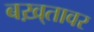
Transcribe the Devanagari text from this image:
बख़्तावर